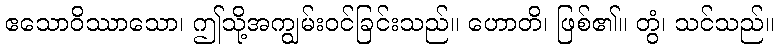
ဧသောဝိဿာသော၊ ဤသို့အကျွမ်းဝင်ခြင်းသည်။ ဟောတိ၊ ဖြစ်၏။ တွံ၊ သင်သည်။